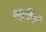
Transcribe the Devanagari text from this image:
भूधृतियाँ